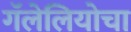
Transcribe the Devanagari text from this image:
गॅलेलियोचा